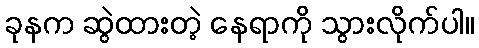
ခုနက ဆွဲထားတဲ့ နေရာကို သွားလိုက်ပါ။